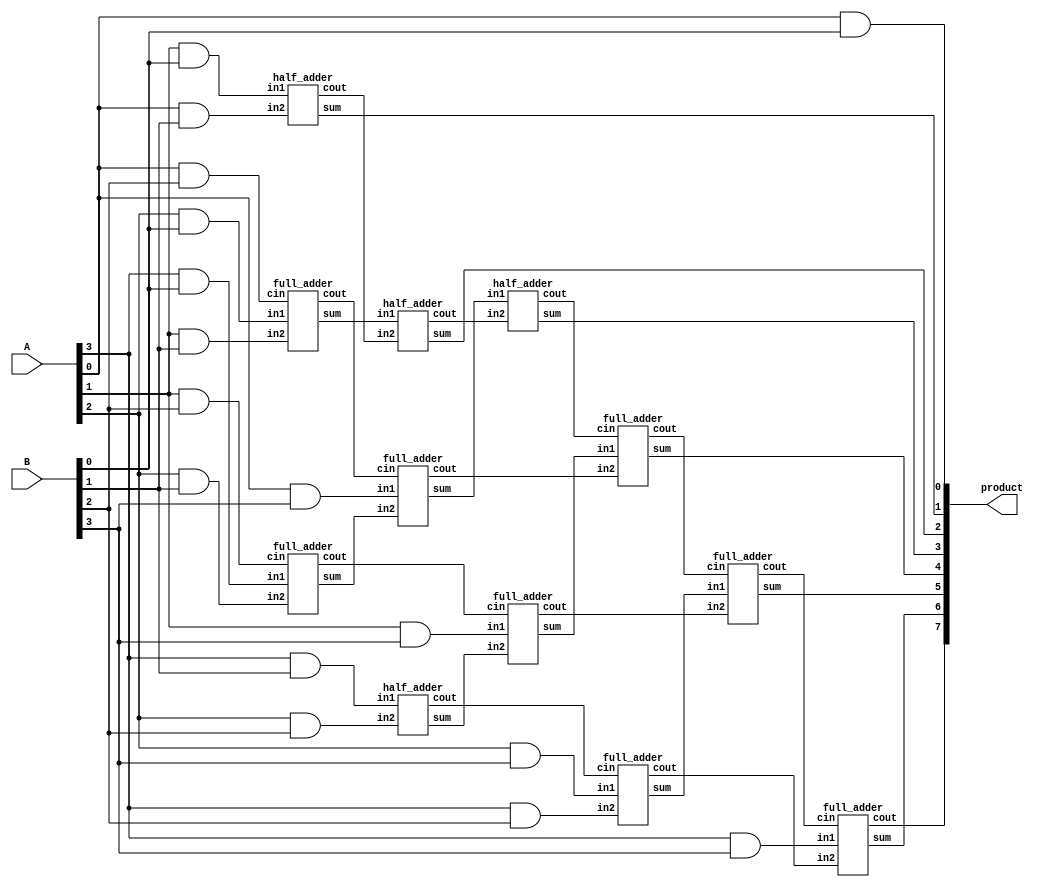
module wallace_unsigned_multiplier_RCA_4(product, A, B);
    input [3:0] A, B;
    output [7:0] product;

    wire [3:0] pp0, pp1, pp2, pp3;

    and AND01(pp0[0], A[0], B[0]);
    and AND02(pp0[1], A[1], B[0]);
    and AND03(pp0[2], A[2], B[0]);
    and AND04(pp0[3], A[3], B[0]);
    and AND05(pp1[0], A[0], B[1]);
    and AND06(pp1[1], A[1], B[1]);
    and AND07(pp1[2], A[2], B[1]);
    and AND08(pp1[3], A[3], B[1]);
    and AND09(pp2[0], A[0], B[2]);
    and AND10(pp2[1], A[1], B[2]);
    and AND11(pp2[2], A[2], B[2]);
    and AND12(pp2[3], A[3], B[2]);
    and AND13(pp3[0], A[0], B[3]);
    and AND14(pp3[1], A[1], B[3]);
    and AND15(pp3[2], A[2], B[3]);
    and AND16(pp3[3], A[3], B[3]);

    assign product[0] = pp0[0];

/* First Stage */
    half_adder ha1(s11, c11, pp0[1], pp1[0]);
    full_adder fa1(s12, c12, pp0[2], pp1[1], pp2[0]);
    full_adder fa2(s13, c13, pp0[3], pp1[2], pp2[1]);
    half_adder ha2(s14, c14,         pp1[3], pp2[2]);

/* Second Stage */
    assign product[1] = s11;
    half_adder ha3(s21,        c21,         s12,    c11);
    full_adder fa4(s22,        c22, pp3[0], s13,    c12);
    full_adder fa5(s23,        c23, pp3[1], s14,    c13);
    full_adder fa6(s24,        c24, pp3[2], pp2[3], c14);

/* Final Stage uses ripple carry adder */
    assign product[2] = s21;
    half_adder ha4(product[3], c31,        s22,    c21);
    full_adder fa7(product[4], c32,        s23,    c22, c31);
    full_adder fa8(product[5], c33,        s24,    c23, c32);
    full_adder fa9(product[6], product[7], pp3[3], c24, c33);
endmodule

module half_adder(output wire sum,
                  output wire cout,
                  input wire in1,
                  input wire in2);
    xor(sum, in1, in2);
    and(cout, in1, in2);
endmodule

module full_adder(output wire sum,
                  output wire cout,
                  input wire in1,
                  input wire in2,
                  input wire cin);
    wire temp1;
    wire temp2;
    wire temp3;
    xor(sum, in1, in2, cin);
    and(temp1,in1,in2);
    and(temp2,in1,cin);
    and(temp3,in2,cin);
    or(cout,temp1,temp2,temp3);
endmodule